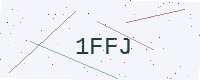
Text: 1FFJ